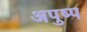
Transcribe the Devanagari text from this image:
अपुष्प